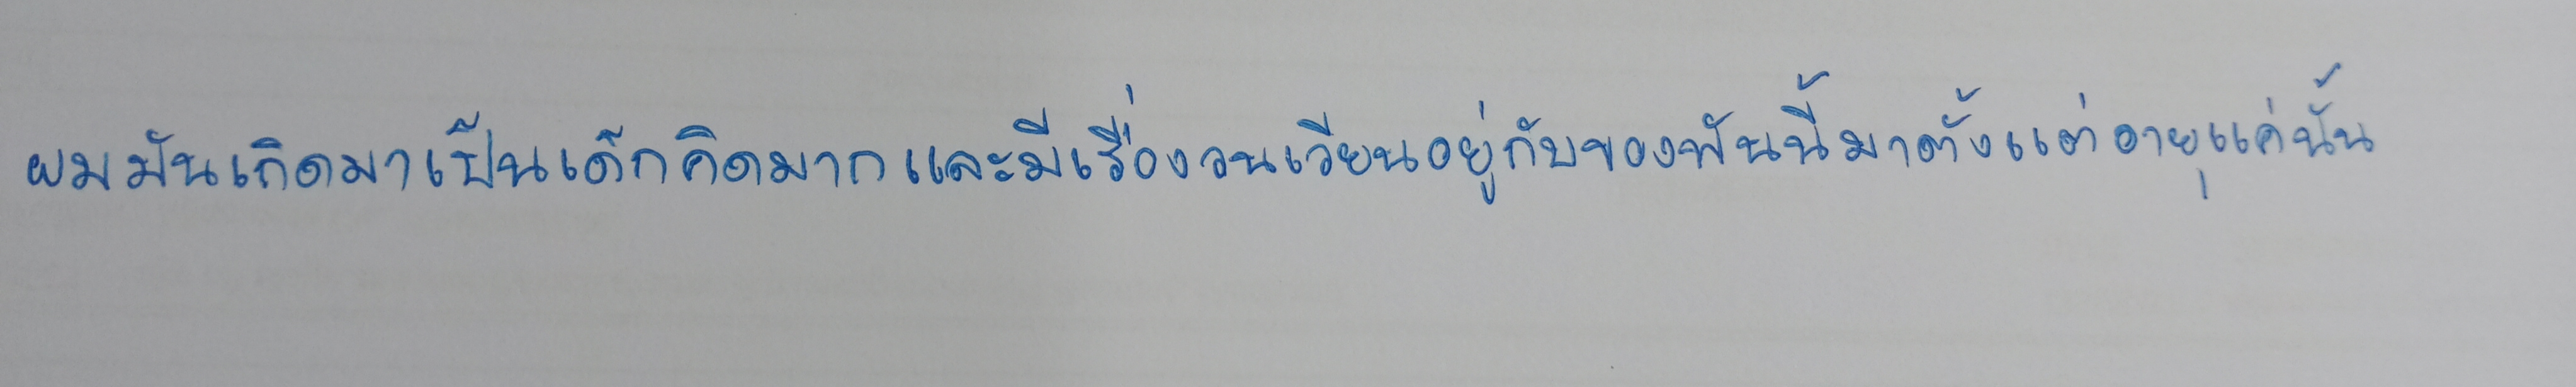
ผมมันเกิดมาเป็นเด็กคิดมากและมีเรื่องวนเวียนอยู่กับของพันนี้มาตั้งแต่อายุแค่นั้น